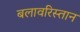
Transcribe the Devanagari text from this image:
बलावरिस्तान